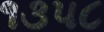
૧૩૫૮